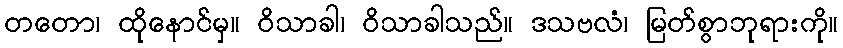
တတော၊ ထိုနောင်မှ။ ဝိသာခါ၊ ဝိသာခါသည်။ ဒသဗလံ၊ မြတ်စွာဘုရားကို။